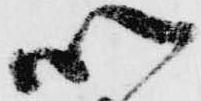
以